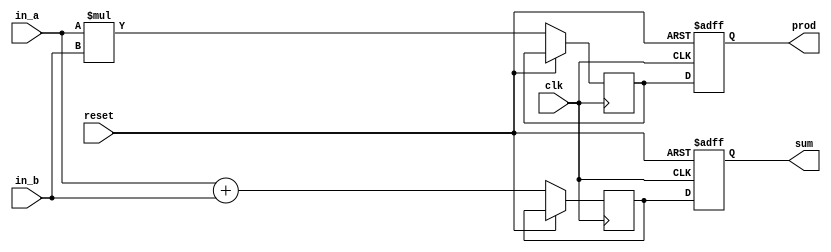
module example_design (
    input wire clk,         // Clock input
    input wire reset,       // Reset signal
    input wire [3:0] in_a,  // 4-bit input signal A
    input wire [3:0] in_b,  // 4-bit input signal B
    output reg [3:0] sum,    // 4-bit output for sum
    output reg [3:0] prod     // 4-bit output for product
);

    // Internal signal declaration
    reg [3:0] temp_sum;  // Temporary variable for sum
    reg [3:0] temp_prod; // Temporary variable for product

    // Task to compute sum
    task compute_sum;
        begin
            // Non-blocking assignment to temp_sum
            temp_sum <= in_a + in_b;
        end
    endtask

    // Task to compute product
    task compute_product;
        begin
            // Non-blocking assignment to temp_prod
            temp_prod <= in_a * in_b;
        end
    endtask

    // Always block to handle clock and reset
    always @(posedge clk or posedge reset) begin
        if (reset) begin
            sum <= 4'b0000; // Reset output sum
            prod <= 4'b0000; // Reset output product
        end else begin
            // Call tasks to compute results
            compute_sum();
            compute_product();

            // Non-blocking assignments to update outputs
            sum <= temp_sum;
            prod <= temp_prod;
        end
    end

endmodule